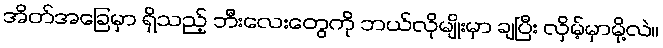
အိတ်အခြေမှာ ရှိသည့် ဘီးလေးတွေကို ဘယ်လိုမျိုးမှာ ချပြီး လှိမ့်မှာမို့လဲ။